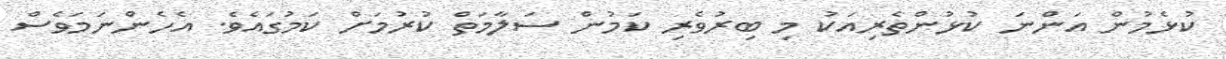
ކުޅެމުން އަންނަ ކުޅުންތެރިއަކު މި ބިރުވެރި ކަމުން ސަލާމަތް ކުރުމަށް ކަމުގައެވެ. އެހެންނަމަވެސް